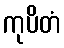
ကုပိတံ